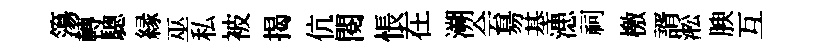
簜轉驄縁巫私被揭伉閲悵在溯会昜基漶祠檄諝淞腴互